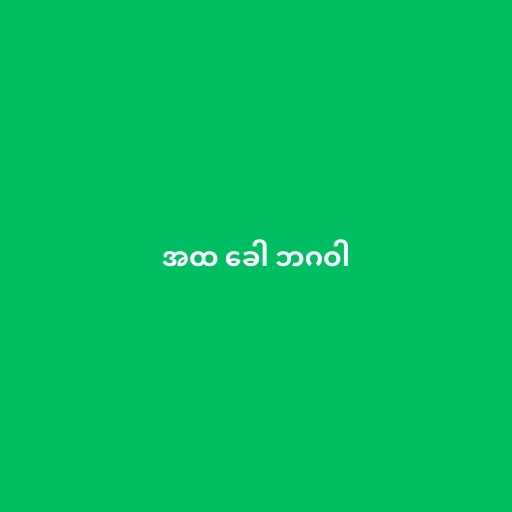
အထ ခေါ ဘဂဝါ